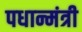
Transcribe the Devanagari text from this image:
पधान्मंत्री